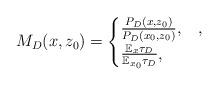
LaTeX: \begin{align*}M_D(x,z_0)=\begin{cases}\frac{P_D(x,z_0)}{P_D(x_0,z_0)}, &,\\\frac{\mathbb{E}_{x}\tau_D}{\mathbb{E}_{x_0}\tau_D}, &\end{cases}\end{align*}